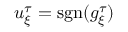
u _ { \xi } ^ { \tau } = \mathrm { s g n } ( g _ { \xi } ^ { \tau } )